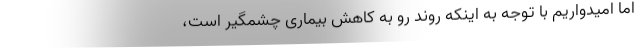
اما امیدواریم با توجه به اینکه روند رو به کاهش بیماری چشمگیر است،